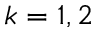
k = 1 , 2